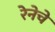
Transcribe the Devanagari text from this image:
रेनेचे